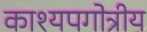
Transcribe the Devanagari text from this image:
काश्यपगोत्रीय